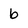
Character: b